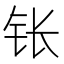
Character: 𬬮